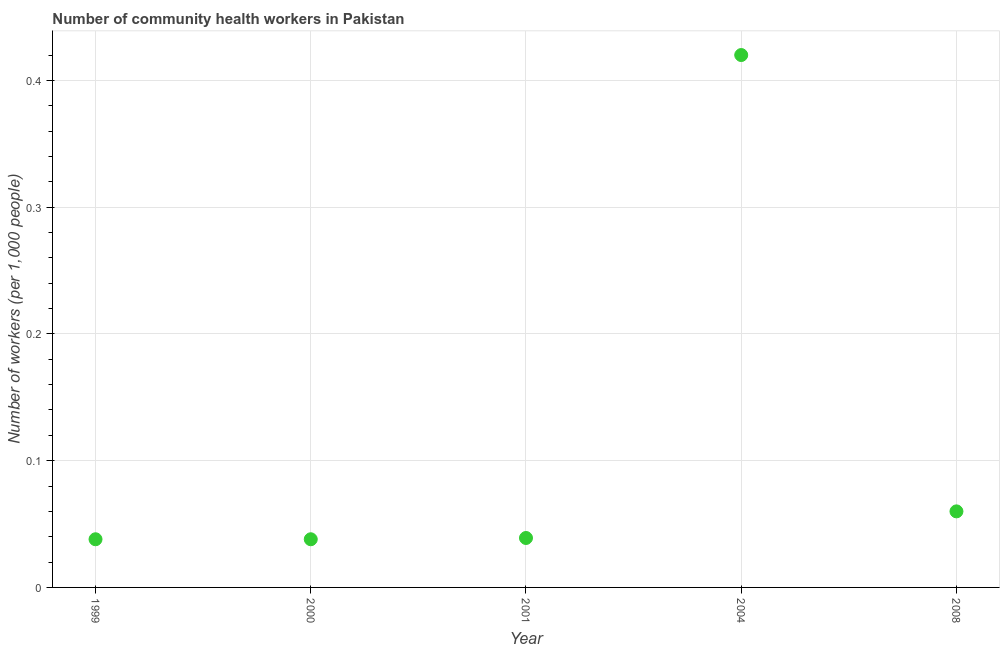
| Year | Community health workers |
 | --- | --- |
 | 1999 | 0.038 |
 | 2000 | 0.038 |
 | 2001 | 0.039 |
 | 2004 | 0.42 |
 | 2008 | 0.06 |